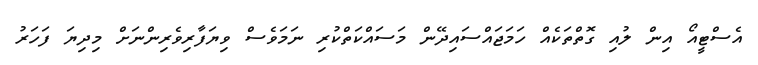
އެސްޓީއޯ އިން ލުއި ގޮތްތަކެއް ހަމަޖައްސައިދޭން މަސައްކަތްކުރި ނަމަވެސް ވިޔަފާރިވެރިންނަށް މިދިޔަ ފަހަރު